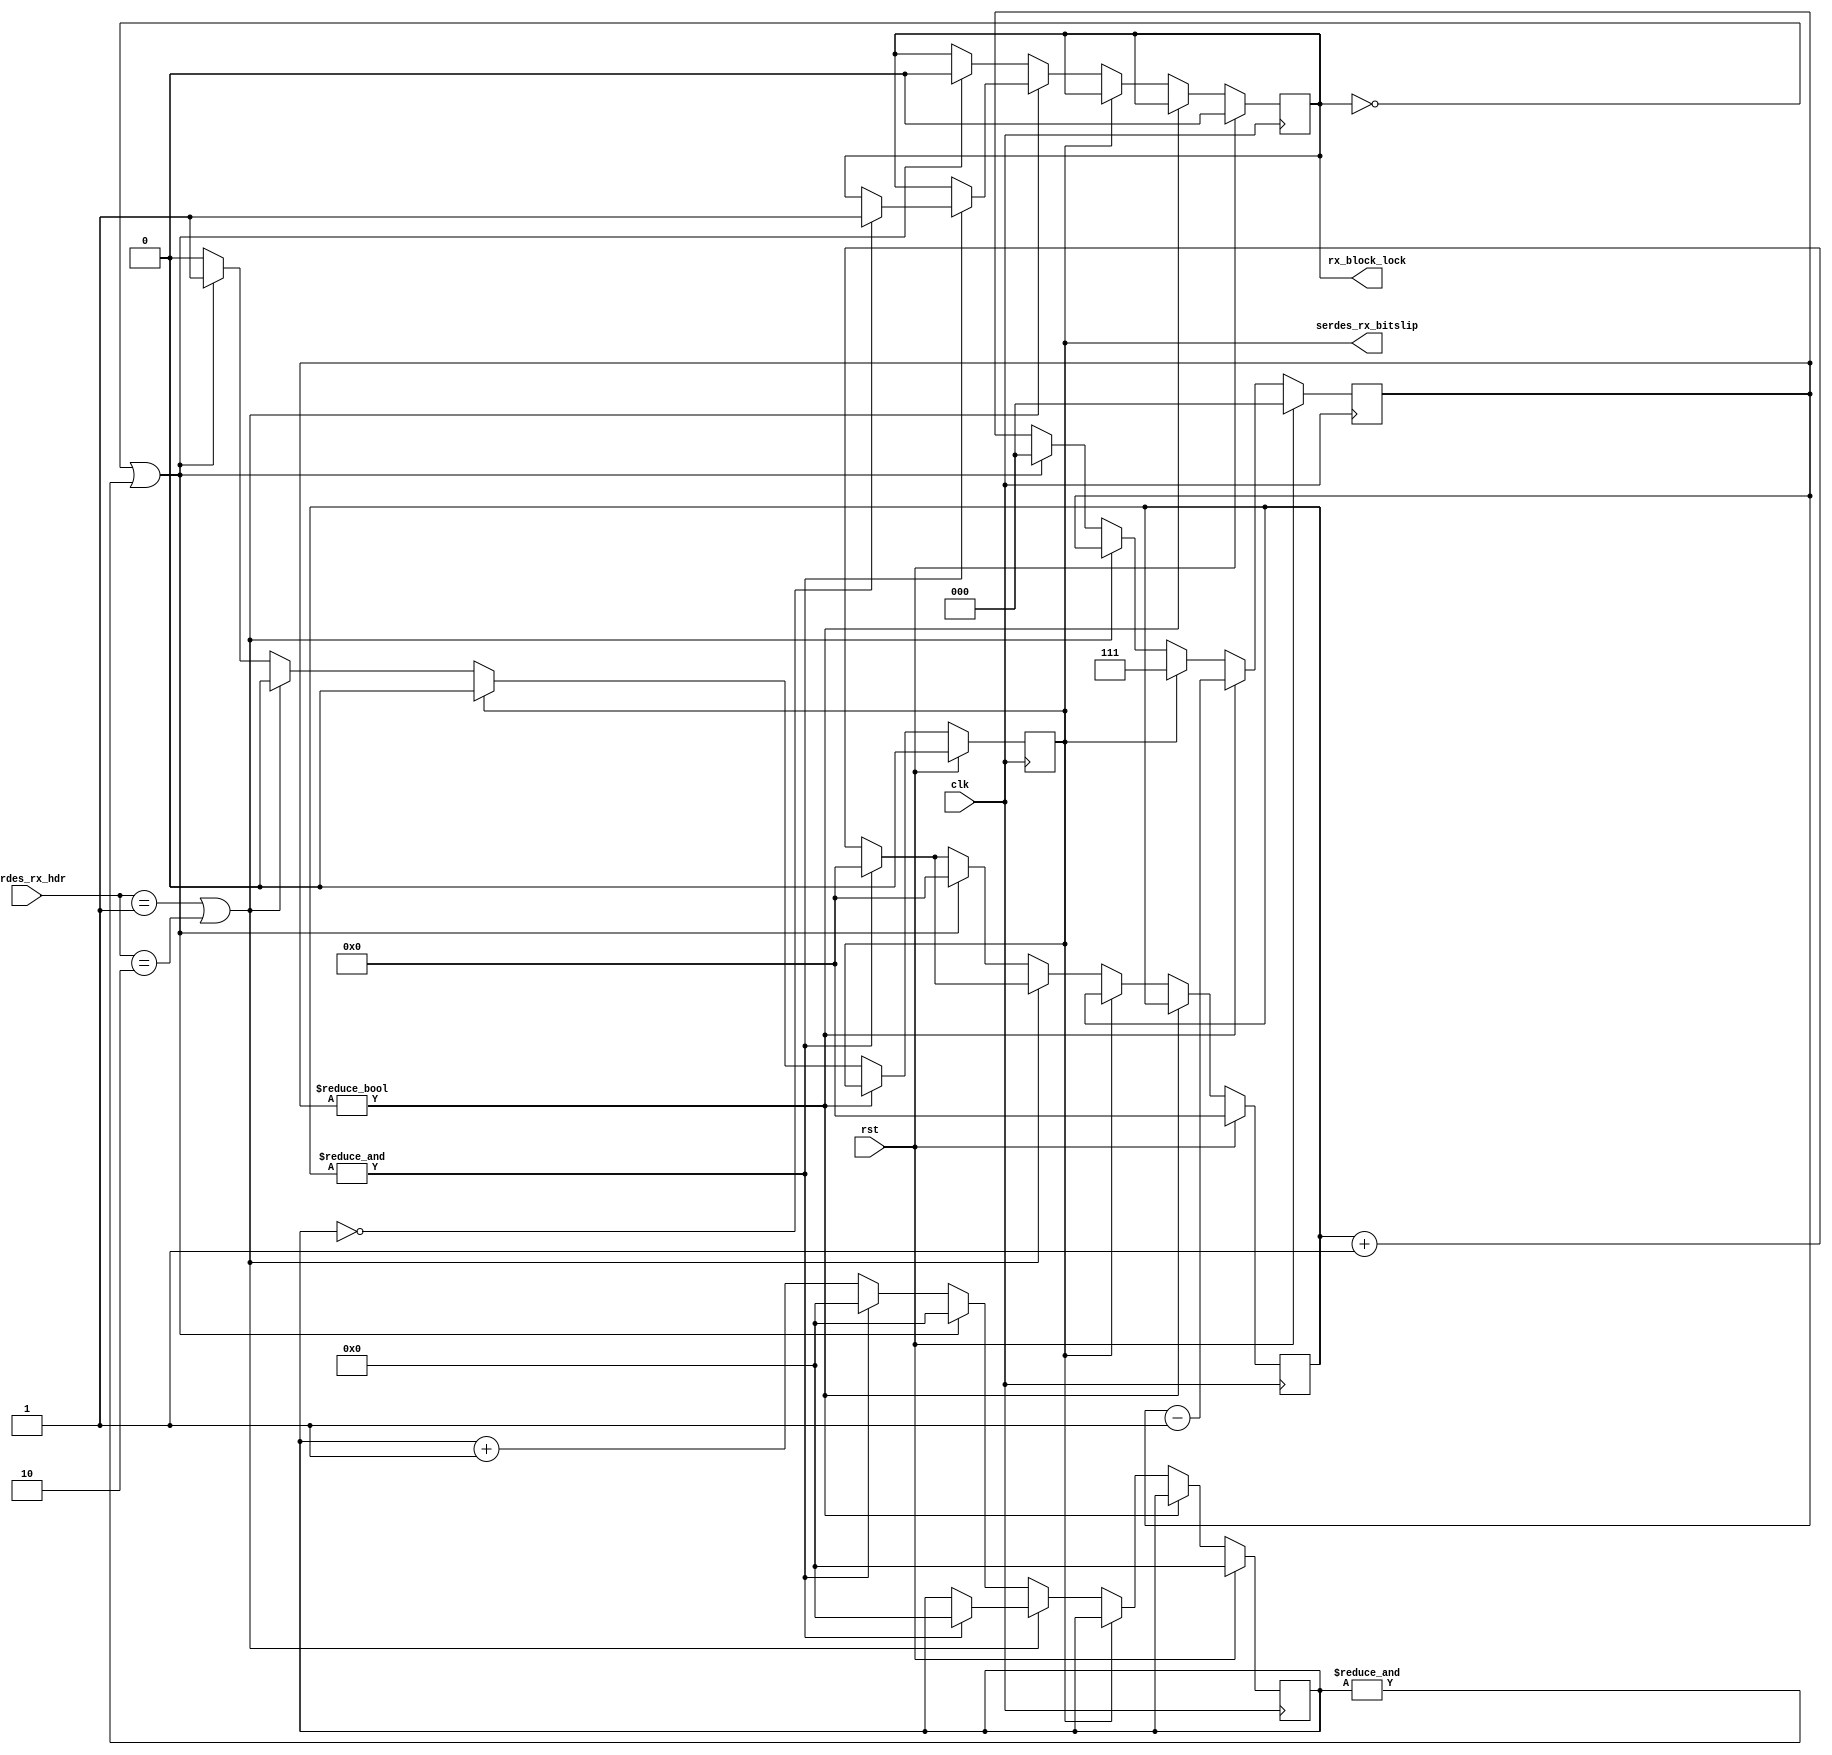
/*

Copyright (c) 2018 Alex Forencich

Permission is hereby granted, free of charge, to any person obtaining a copy
of this software and associated documentation files (the "Software"), to deal
in the Software without restriction, including without limitation the rights
to use, copy, modify, merge, publish, distribute, sublicense, and/or sell
copies of the Software, and to permit persons to whom the Software is
furnished to do so, subject to the following conditions:

The above copyright notice and this permission notice shall be included in
all copies or substantial portions of the Software.

THE SOFTWARE IS PROVIDED "AS IS", WITHOUT WARRANTY OF ANY KIND, EXPRESS OR
IMPLIED, INCLUDING BUT NOT LIMITED TO THE WARRANTIES OF MERCHANTABILITY
FITNESS FOR A PARTICULAR PURPOSE AND NONINFRINGEMENT. IN NO EVENT SHALL THE
AUTHORS OR COPYRIGHT HOLDERS BE LIABLE FOR ANY CLAIM, DAMAGES OR OTHER
LIABILITY, WHETHER IN AN ACTION OF CONTRACT, TORT OR OTHERWISE, ARISING FROM,
OUT OF OR IN CONNECTION WITH THE SOFTWARE OR THE USE OR OTHER DEALINGS IN
THE SOFTWARE.

*/

// Language: Verilog 2001

`resetall
`timescale 1ns / 1ps
`default_nettype none

/*
 * 10G Ethernet PHY frame sync
 */
module eth_phy_10g_rx_frame_sync #
(
    parameter HDR_WIDTH = 2,
    parameter BITSLIP_HIGH_CYCLES = 1,
    parameter BITSLIP_LOW_CYCLES = 8
)
(
    input  wire                  clk,
    input  wire                  rst,

    /*
     * SERDES interface
     */
    input  wire [HDR_WIDTH-1:0]  serdes_rx_hdr,
    output wire                  serdes_rx_bitslip,

    /*
     * Status
     */
    output wire                  rx_block_lock
);

parameter BITSLIP_MAX_CYCLES = BITSLIP_HIGH_CYCLES > BITSLIP_LOW_CYCLES ? BITSLIP_HIGH_CYCLES : BITSLIP_LOW_CYCLES;
parameter BITSLIP_COUNT_WIDTH = $clog2(BITSLIP_MAX_CYCLES);

// bus width assertions
initial begin
    if (HDR_WIDTH != 2) begin
        $error("Error: HDR_WIDTH must be 2");
        $finish;
    end
end

localparam [1:0]
    SYNC_DATA = 2'b10,
    SYNC_CTRL = 2'b01;

reg [5:0] sh_count_reg = 6'd0, sh_count_next;
reg [3:0] sh_invalid_count_reg = 4'd0, sh_invalid_count_next;
reg [BITSLIP_COUNT_WIDTH-1:0] bitslip_count_reg = 0, bitslip_count_next;

reg serdes_rx_bitslip_reg = 1'b0, serdes_rx_bitslip_next;

reg rx_block_lock_reg = 1'b0, rx_block_lock_next;

assign serdes_rx_bitslip = serdes_rx_bitslip_reg;
assign rx_block_lock = rx_block_lock_reg;

always @* begin
    sh_count_next = sh_count_reg;
    sh_invalid_count_next = sh_invalid_count_reg;
    bitslip_count_next = bitslip_count_reg;

    serdes_rx_bitslip_next = serdes_rx_bitslip_reg;

    rx_block_lock_next = rx_block_lock_reg;

    if (bitslip_count_reg) begin
        bitslip_count_next = bitslip_count_reg-1;
    end else if (serdes_rx_bitslip_reg) begin
        serdes_rx_bitslip_next = 1'b0;
        bitslip_count_next = BITSLIP_LOW_CYCLES > 0 ? BITSLIP_LOW_CYCLES-1 : 0;
    end else if (serdes_rx_hdr == SYNC_CTRL || serdes_rx_hdr == SYNC_DATA) begin
        // valid header
        sh_count_next = sh_count_reg + 1;
        if (&sh_count_reg) begin
            // valid count overflow, reset
            sh_count_next = 0;
            sh_invalid_count_next = 0;
            if (!sh_invalid_count_reg) begin
                rx_block_lock_next = 1'b1;
            end
        end
    end else begin
        // invalid header
        sh_count_next = sh_count_reg + 1;
        sh_invalid_count_next = sh_invalid_count_reg + 1;
        if (!rx_block_lock_reg || &sh_invalid_count_reg) begin
            // invalid count overflow, lost block lock
            sh_count_next = 0;
            sh_invalid_count_next = 0;
            rx_block_lock_next = 1'b0;

            // slip one bit
            serdes_rx_bitslip_next = 1'b1;
            bitslip_count_next = BITSLIP_HIGH_CYCLES > 0 ? BITSLIP_HIGH_CYCLES-1 : 0;
        end else if (&sh_count_reg) begin
            // valid count overflow, reset
            sh_count_next = 0;
            sh_invalid_count_next = 0;
        end
    end
end

always @(posedge clk) begin
    sh_count_reg <= sh_count_next;
    sh_invalid_count_reg <= sh_invalid_count_next;
    bitslip_count_reg <= bitslip_count_next;
    serdes_rx_bitslip_reg <= serdes_rx_bitslip_next;
    rx_block_lock_reg <= rx_block_lock_next;

    if (rst) begin
        sh_count_reg <= 6'd0;
        sh_invalid_count_reg <= 4'd0;
        bitslip_count_reg <= 0;
        serdes_rx_bitslip_reg <= 1'b0;
        rx_block_lock_reg <= 1'b0;
    end
end

endmodule

`resetall